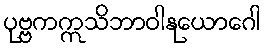
ပုဗ္ဗကဣသိဘာဝါနုယောဂေါ